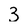
Character: 3